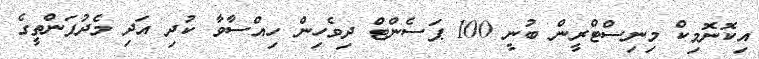
އިކޮނޮމިކް މިނިސްޓްރީން ބުނީ 100 ޕަސެންޓް ދިވެހިން ހިއްސާވާ ކުދި އަދި މެދުފަންތީގެ